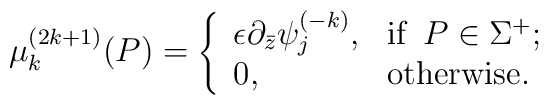
\mu^{(2k+1)}_k(P)=\left\{\begin{array}{ll} \epsilon\partial_{\bar z} \psi_j^{(-k)}, & {\rm if} \;\, P\in \Sigma^+;\\0, &{\rm otherwise}.\end{array}\right.